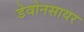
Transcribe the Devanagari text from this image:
डेवोनसायर